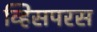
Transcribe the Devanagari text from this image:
व्हिसपरस